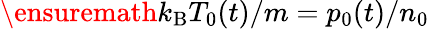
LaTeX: \ensuremath{k_{\mathrm{B}}}T_{0}(t)/m=p_{0}(t)/n_{0}